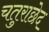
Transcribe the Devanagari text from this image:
चतुराछेद